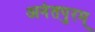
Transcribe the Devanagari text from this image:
अनंतपुरम्